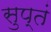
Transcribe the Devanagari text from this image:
सुप्तं